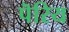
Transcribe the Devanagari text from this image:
पॆरिय